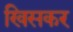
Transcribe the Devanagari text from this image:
खिसकर